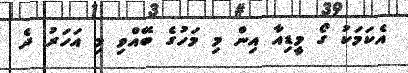
އެކަމަކު ގޯ މީޑިއާ އިން މި މަހުގެ ބޭއްވި މި އަހަރު ދެ